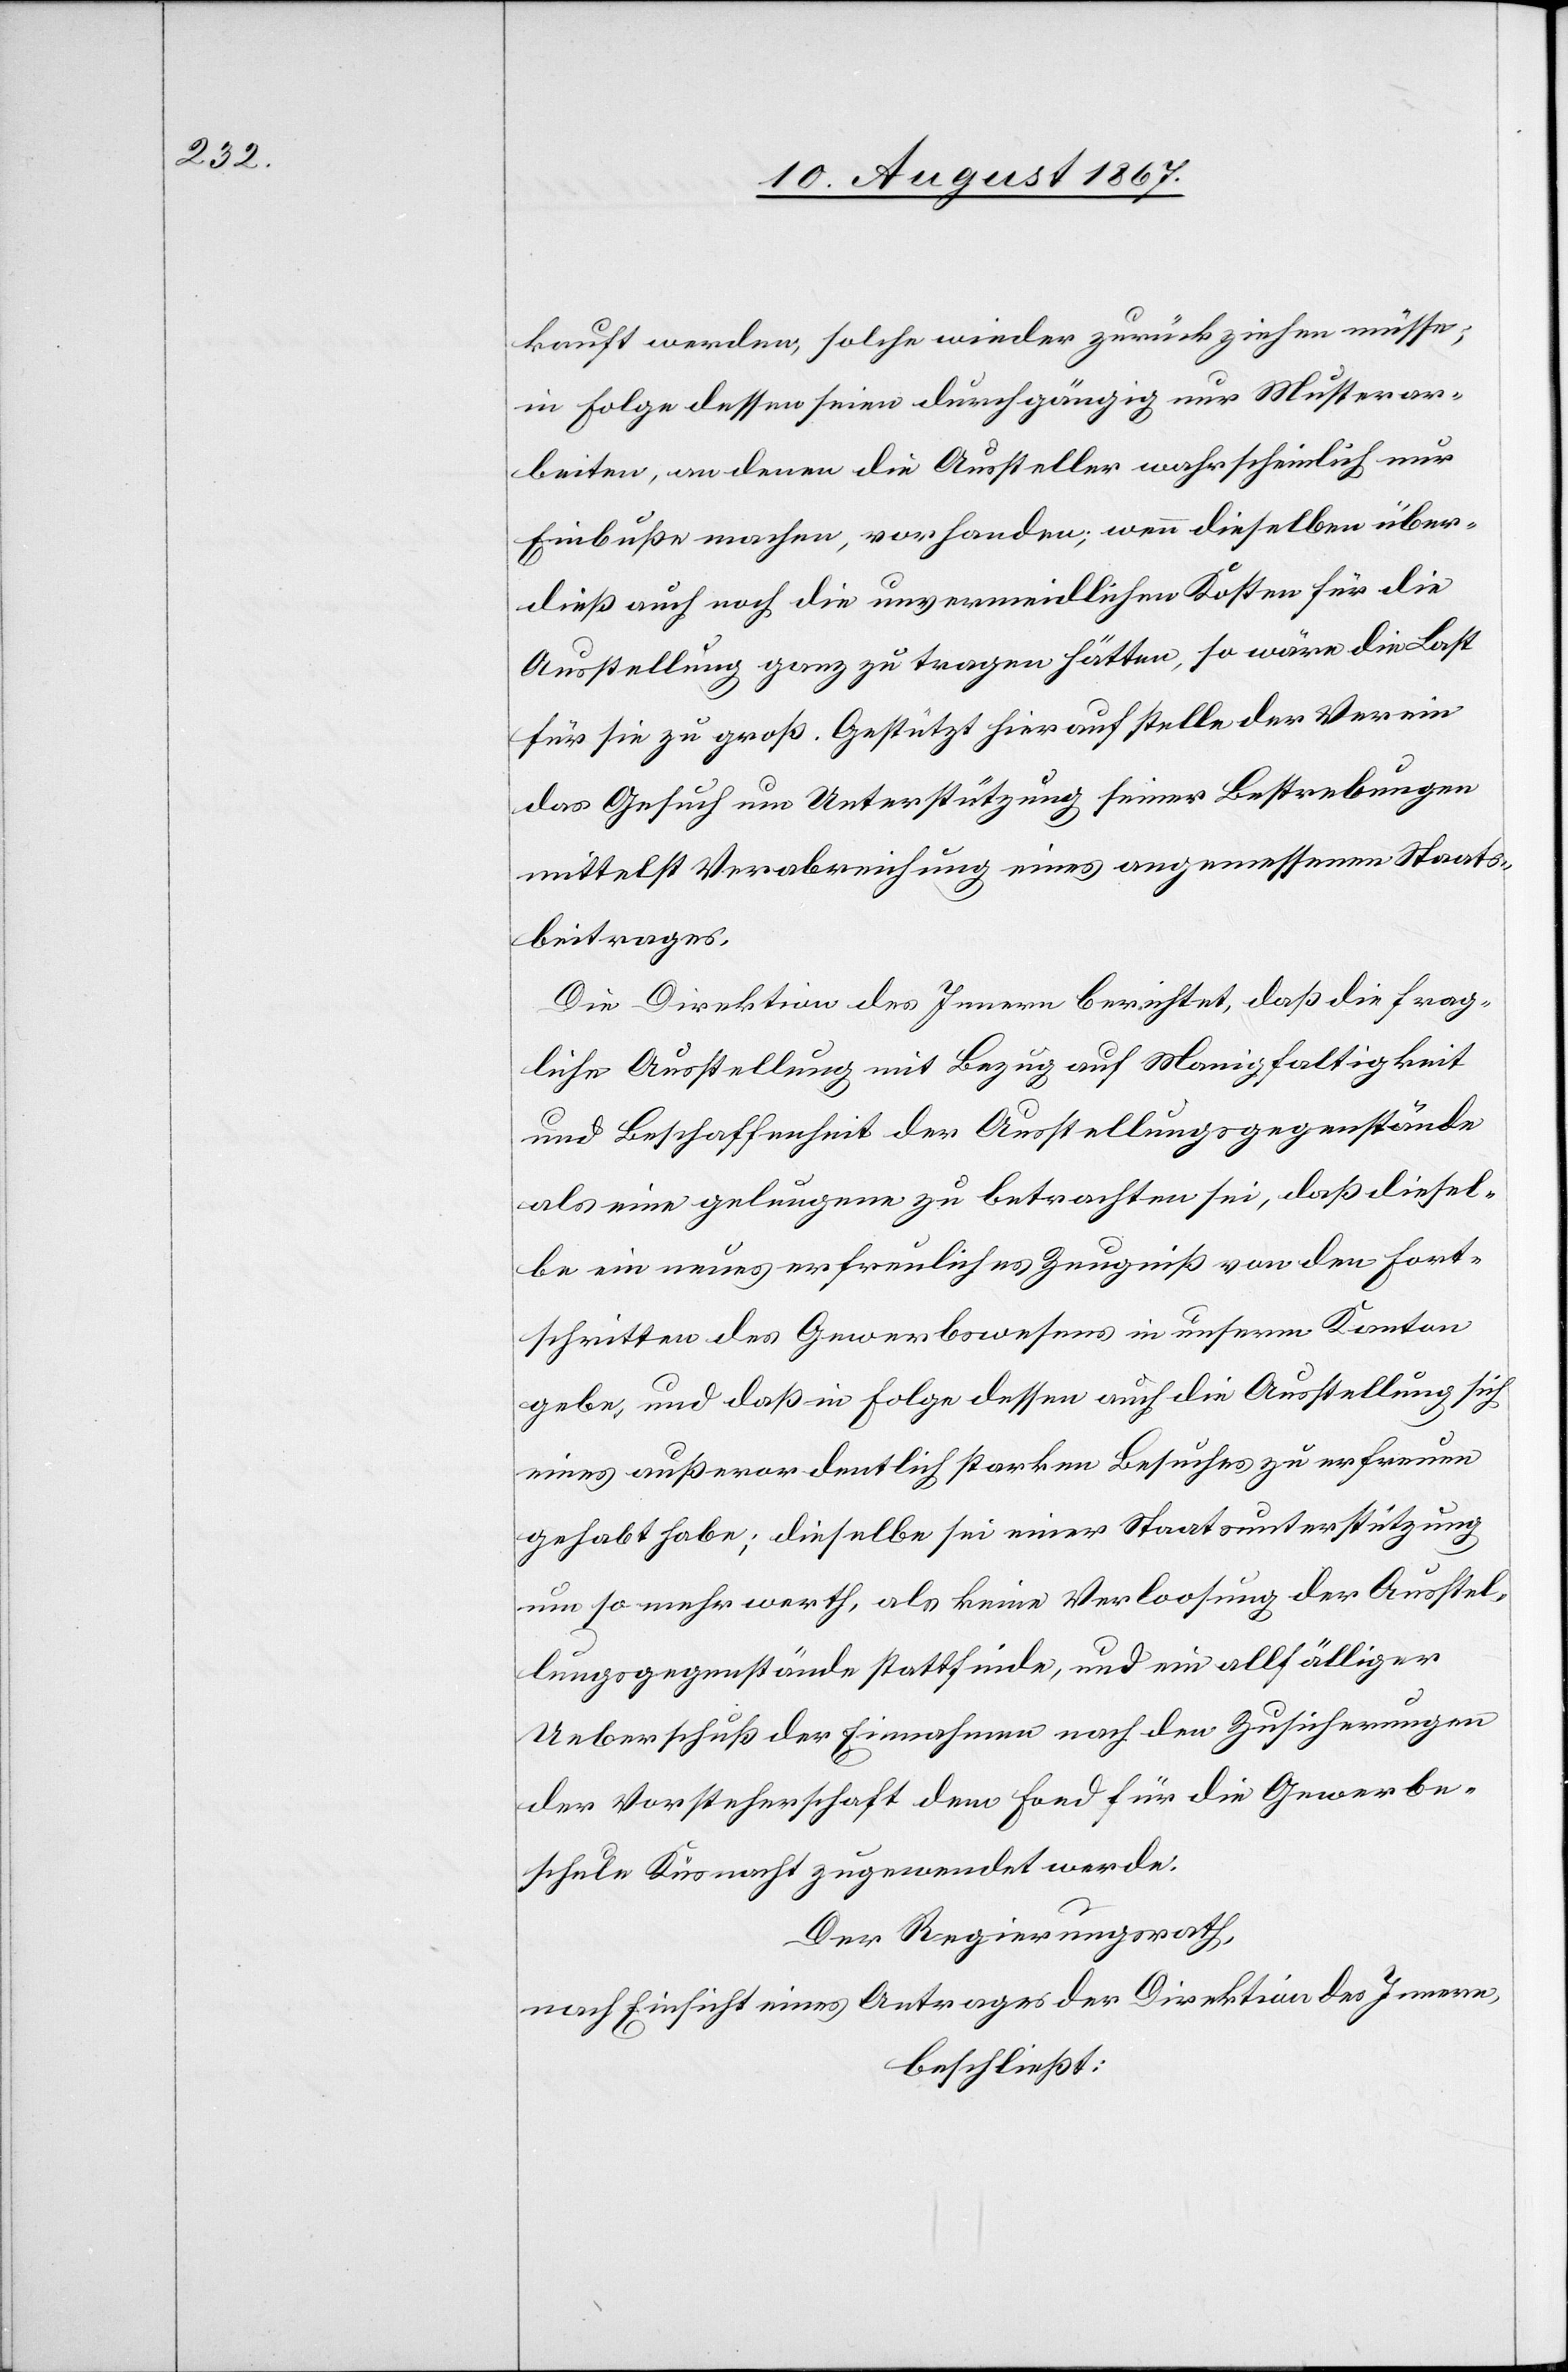
kauft werden, solche wieder zurückziehen müsse;
in Folge dessen seien durchgängig nur Musterar¬
beiten, an denen die Aussteller wahrscheinlich nur
Einbuße machen, vorhanden; wenn dieselben über¬
dieß auch noch die unvermeidlichen Kosten für die
Ausstellung ganz zu tragen hätten, so wäre die Last
für sie zu groß. Gestützt hierauf stelle der Verein
das Gesuch um Unterstützung seiner Bestrebungen
mittelst Verabreichung eines angemessenen Staats¬
beitrages.
Die Direktion des Innern berichtet, daß die frag¬
liche Ausstellung mit Bezug auf Manigfaltigkeit
und Beschaffenheit der Ausstellungsgegenstände
als eine gelungen zu betrachten sei, daß diesel¬
be ein neues erfreuliches Zeugniß von den Fort¬
schritten des Gewerbswesens in unserm Kanton
gebe, und daß in Folge dessen auch die Ausstellung sich
eines außerordentlich starken Besuches zu erfreuen
gehabt habe; dieselbe sei einer Staatsunterstützung
um so mehr werth, als keine Verloosung der Ausstel¬
lungsgegenstände stattfinde, und ein allfälliger
Ueberschuß der Einnahmen nach den Zusicherungen
der Vorsteherschaft dem Fond für die Gewerbe¬
schule Küsnacht zugewendet werde.
Der Regierungsrath,
nach Einsicht eines Antrages der Direktion des Innern;
beschließt: